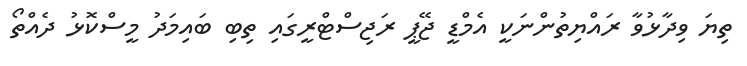
ތިޔަ ވިދާޅުވާ ރައްޔިތުންނަކީ އެމްޑީީ ޖޭޕީ ރަޖިސްޓްރީގައި ތިބި ބައިމަދު މީސްކޮޅު ދެއްތޯ